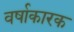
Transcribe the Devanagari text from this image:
वर्षाकारक